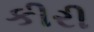
કીરી